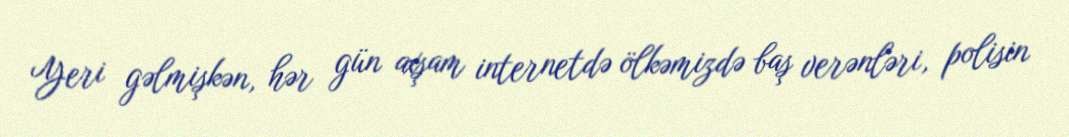
Yeri gəlmişkən, hər gün axşam internetdə ölkəmizdə baş verənləri, polisin